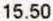
15.50